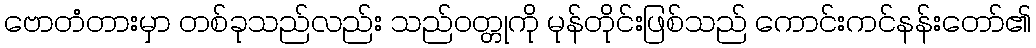
ဗောတံတားမှာ တစ်ခုသည်လည်း သည်ဝတ္တုကို မုန်တိုင်းဖြစ်သည် ကောင်းကင်နန်းတော်၏